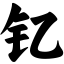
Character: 钇